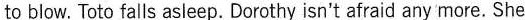
to blow. Toto falls asleep. Dorothy isn't afraid any more. She